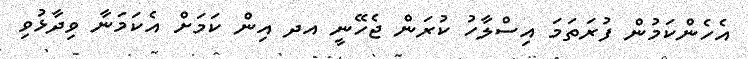
އެހެންކަމުން ފުރަތަމަ އިސްލާހު ކުރަން ޖެހޭނީ އދ އިން ކަމަށް އެކަމަނާ ވިދާޅުވި